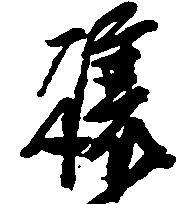
譲